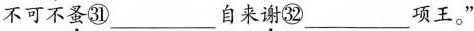
不可不\underset{·}{蚤}㉛___自来\underset{·}{谢}㉜___项王。”